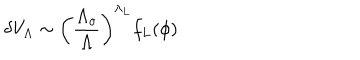
\delta V _ { \Lambda } \sim \left( \frac { \Lambda _ { o } } { \Lambda } \right) ^ { \lambda _ { L } } f _ { L } ( \phi )